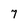
Character: 7